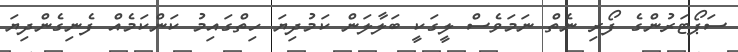
ސަޕޯޓަރުންގެ ފޯރި ނެތް ނަމަވެސް ލީގަކީ ބަލާލަން ކަމުދިޔަ ހިތްގައިމު ކަންކަމެއް ފެނިގެންދިޔަ